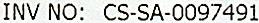
INV NO: CS-SA-0097491